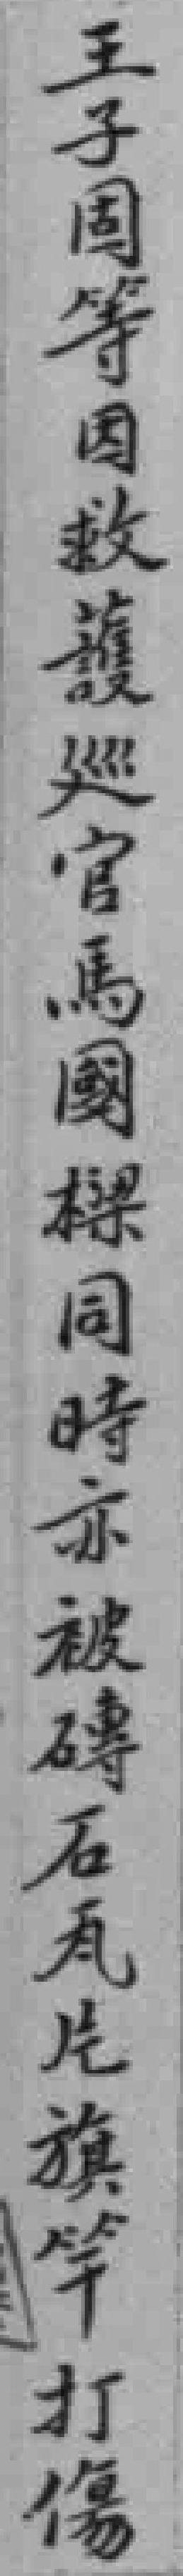
王子固等因救護廵官馬國樑同時亦被磚石瓦片旗竿打傷